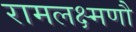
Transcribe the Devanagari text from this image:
रामलक्ष्मणौ